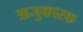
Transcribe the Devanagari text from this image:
ऋजुकारक